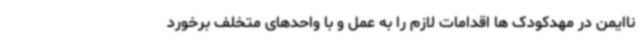
ناایمن در مهدکودک ها اقدامات لازم را به عمل و با واحدهای متخلف برخورد